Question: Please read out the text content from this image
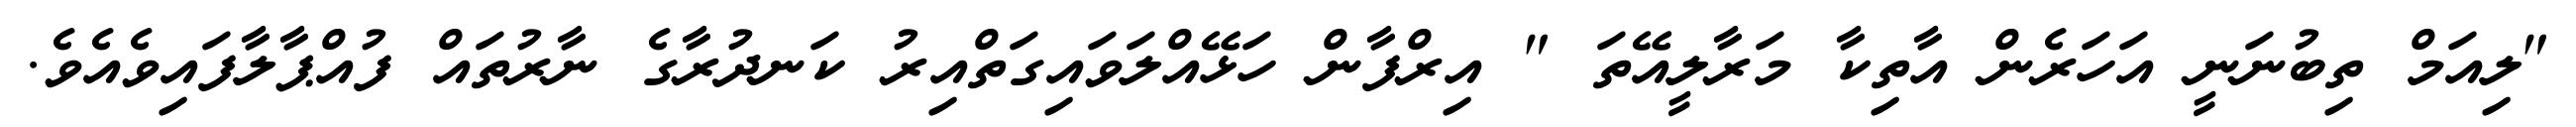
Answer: "ލިއަމް ތިބުނަނީ އަހަރެން އާތިކާ މަރާލީއޭތަ " އިރްފާން ހަޅޭއްލަވައިގަތްއިރު ކަނދުރާގެ ނާރުތައް ފުއްޕާލާފައިވެއެވެ.